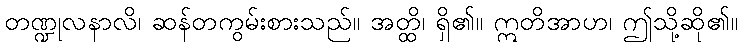
တဏ္ဍုလနာလိ၊ ဆန်တကွမ်းစားသည်။ အတ္ထိ၊ ရှိ၏။ ဣတိအာဟ၊ ဤသို့ဆို၏။